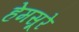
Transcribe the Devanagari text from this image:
हेमसूरे